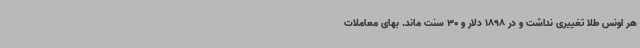
هر اونس طلا تغییری نداشت و در 1898 دلار و 30 سنت ماند. بهای معاملات